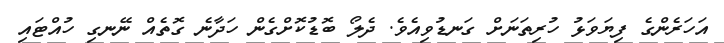
އަހަރެންގެ ފިޔަވަޅު ހުރިތަނަށް ގަނޑުވިއެވެ. ދެލޯ ބޮޑުކޮށްގެން ހަދާނެ ގޮތެއް ނޭނގި ހުއްޓައި